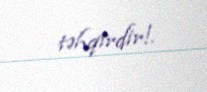
təhqirdir!.